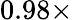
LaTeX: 0.98\times